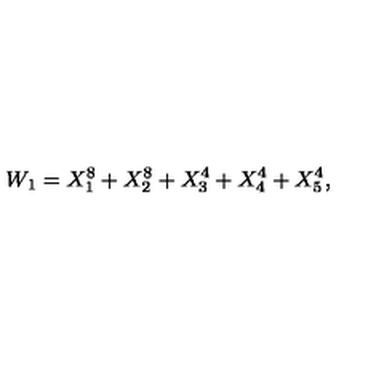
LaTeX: W _ { 1 } = X _ { 1 } ^ { 8 } + X _ { 2 } ^ { 8 } + X _ { 3 } ^ { 4 } + X _ { 4 } ^ { 4 } + X _ { 5 } ^ { 4 } ,